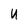
Character: U